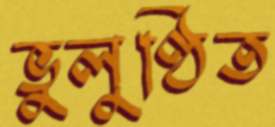
ভুলুণ্ঠিত